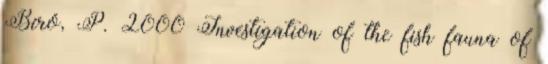
Bíró, P. 2000 Investigation of the fish fauna of